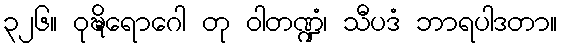
၃၂၆။ ဝုဍ္ဎိရောဂေါ တု ဝါတဏ္ဍံ၊ သီပဒံ ဘာရပါဒတာ။